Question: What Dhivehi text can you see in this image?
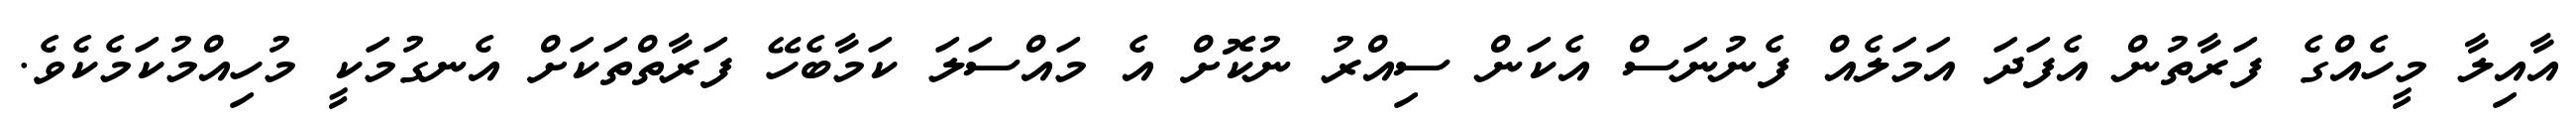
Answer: އާއިލާ މީހެއްގެ ފަރާތުން އެފަދަ އަމަލެއް ފެނުނަސް އެކަން ސިއްރު ނުކޮށް އެ މައްސަލަ ކަމާބެހޭ ފަރާތްތަކަށް އެނގުމަކީ މުހިއްމުކަމެކެވެ.